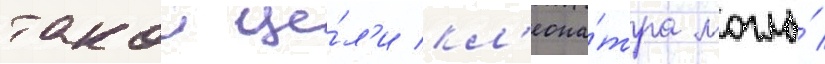
такои це́л'и кл'еопа́тра могла́